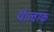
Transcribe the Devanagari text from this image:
थे।त्वरक